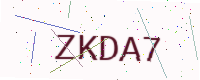
Text: ZKDA7